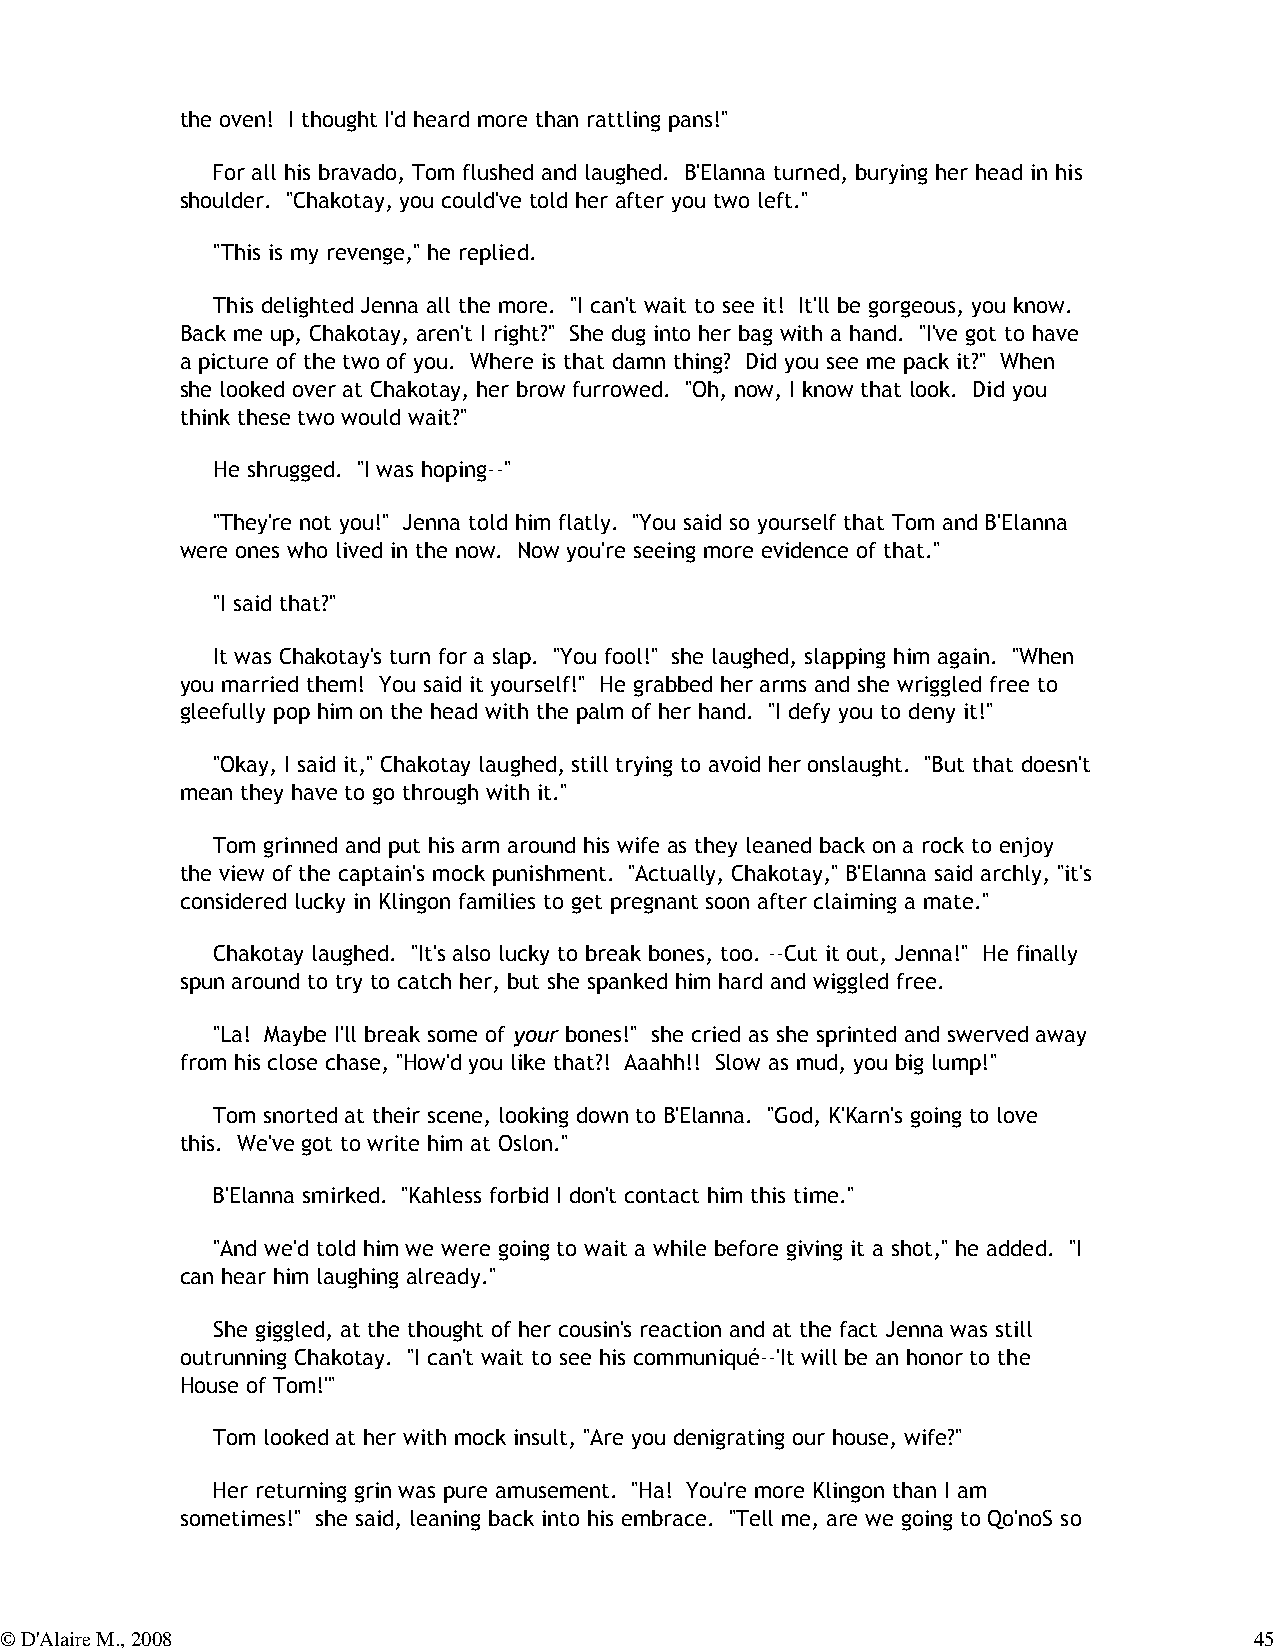
the oven! I thought I'd heard more than rattling pans!"
 For all his bravado, Tom flushed and laughed. B'Elanna turned, burying her head in his
 shoulder. "Chakotay, you could've told her after you two left."
 "This is my revenge," he replied.
 This delighted Jenna all the more. "I can't wait to see it! It'll be gorgeous, you know.
 Back me up, Chakotay, aren't I right?" She dug into her bag with a hand. "I've got to have
 a picture of the two of you. Where is that damn thing? Did you see me pack it?" When
 she looked over at Chakotay, her brow furrowed. "Oh, now, I know that look. Did you
 think these two would wait?"
 He shrugged. "I was hoping--"
 "They're not you!" Jenna told him flatly. "You said so yourself that Tom and B'Elanna
 were ones who lived in the now. Now you're seeing more evidence of that."
 "I said that?"
 It was Chakotay's turn for a slap. "You fool!" she laughed, slapping him again. "When
 you married them! You said it yourself!" He grabbed her arms and she wriggled free to
 gleefully pop him on the head with the palm of her hand. "I defy you to deny it!"
 "Okay, I said it," Chakotay laughed, still trying to avoid her onslaught. "But that doesn't
 mean they have to go through with it."
 Tom grinned and put his arm around his wife as they leaned back on a rock to enjoy
 the view of the captain's mock punishment. "Actually, Chakotay," B'Elanna said archly, "it's
 considered lucky in Klingon families to get pregnant soon after claiming a mate."
 Chakotay laughed. "It's also lucky to break bones, too. --Cut it out, Jenna!" He finally
 spun around to try to catch her, but she spanked him hard and wiggled free.
 "La! Maybe I'll break some of your bones!" she cried as she sprinted and swerved away
 from his close chase, "How'd you like that?! Aaahh!! Slow as mud, you big lump!"
 Tom snorted at their scene, looking down to B'Elanna. "God, K'Karn's going to love
 this. We've got to write him at Oslon."
 B'Elanna smirked. "Kahless forbid I don't contact him this time."
 "And we'd told him we were going to wait a while before giving it a shot," he added. "I
 can hear him laughing already."
 She giggled, at the thought of her cousin's reaction and at the fact Jenna was still
 outrunning Chakotay. "I can't wait to see his communiqué--'It will be an honor to the
 House of Tom!'"
 Tom looked at her with mock insult, "Are you denigrating our house, wife?"
 Her returning grin was pure amusement. "Ha! You're more Klingon than I am
 sometimes!" she said, leaning back into his embrace. "Tell me, are we going to Qo'noS so
 © D'Alaire M., 2008                                                                45